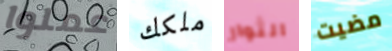
عملوا ملكك الثوار مضيت